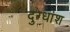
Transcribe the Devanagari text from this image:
दुग्धांश